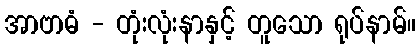
အာဗာဓံ - တုံးလုံးနာနှင့် တူသော ရုပ်နာမ်။